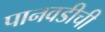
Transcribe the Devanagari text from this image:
पानवडीची